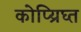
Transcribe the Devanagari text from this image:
कोप्य्रिघ्त